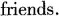
friends.